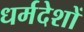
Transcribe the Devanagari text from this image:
धर्मदेशों